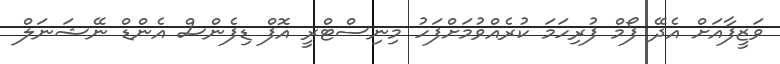
ވަޒީފާއަށް އެދޭ ފޯމް ފުރިހަމަ ކުރެއްވުމަށްފަހު މިނިސްޓްރީ އޮފް ޑިފެންސް އެންޑް ނޭޝަނަލް